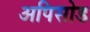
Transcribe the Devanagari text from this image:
अपिसोड